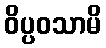
ဝိပ္ပဝသာမိ